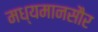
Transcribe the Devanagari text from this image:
मध्यमानसौर